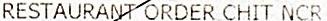
RESTAURANT ORDER CHIT NCR